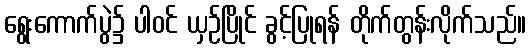
ရွေးကောက်ပွဲ၌ ပါဝင် ယှဉ်ပြိုင် ခွင့်ပြုရန် တိုက်တွန်းလိုက်သည်။